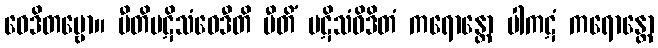
ဝေဒိတဗ္ဗော။ ပီတိပဋိသံဝေဒီတိ ပီတိံ ပဋိသံဝိဒိတံ ကရောန္တော ပါကဋံ ကရောန္တော